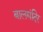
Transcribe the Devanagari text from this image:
बालमंदिर